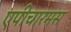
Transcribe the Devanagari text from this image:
एपीचारमस